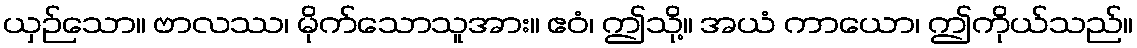
ယှဉ်သော။ ဗာလဿ၊ မိုက်သောသူအား။ ဧဝံ၊ ဤသို့။ အယံ ကာယော၊ ဤကိုယ်သည်။